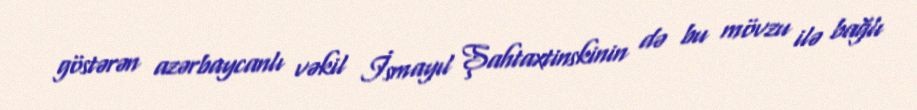
göstərən azərbaycanlı vəkil İsmayıl Şahtaxtinskinin də bu mövzu ilə bağlı